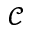
\mathcal { C }